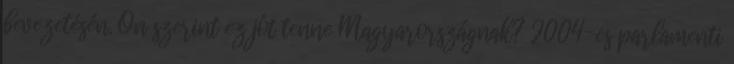
bevezetésén. Ön szerint ez jót tenne Magyarországnak? 2004-es parlamenti